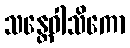
သန္တေဝါသိကော